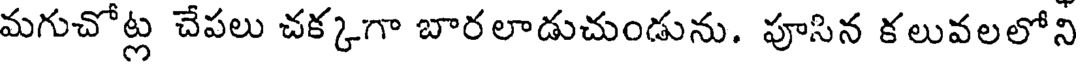
మగుచోట్ల చేపలు చక్కగా బారలాడుచుండును. పూసిన కలువలలోని